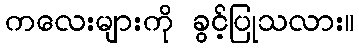
ကလေးများကို ခွင့်ပြုသလား။